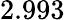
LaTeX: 2.993